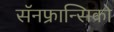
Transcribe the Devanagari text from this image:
सॅनफ्रान्सिको